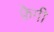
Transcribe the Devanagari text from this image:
फ्रेगी